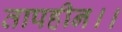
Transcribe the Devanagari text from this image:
तापहीन।।